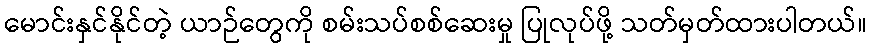
မောင်းနှင်နိုင်တဲ့ ယာဉ်တွေကို စမ်းသပ်စစ်ဆေးမှု ပြုလုပ်ဖို့ သတ်မှတ်ထားပါတယ်။